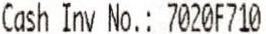
CASH INV NO.: 7020F710